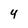
Character: 4